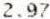
2.97